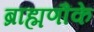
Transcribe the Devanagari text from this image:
ब्राह्मणौंके